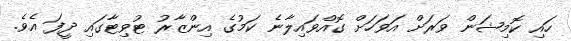
ހައި ކޮމިޝަން ވަރަށް އަވަހަށް ގޮއްވައިލާނެ ކަމުގެ އިންޒާރު ޓުވިޓާގައި ދީފަ އެވެ.